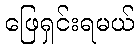
ဖြေရှင်းရမယ်